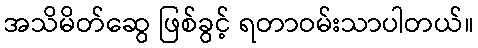
အသိမိတ်ဆွေ ဖြစ်ခွင့် ရတာဝမ်းသာပါတယ်။